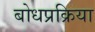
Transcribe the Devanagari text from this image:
बोधप्रक्रिया